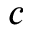
c